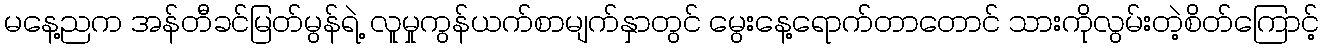
မနေ့ညက အန်တီခင်မြတ်မွန်ရဲ့ လူမှုကွန်ယက်စာမျက်နှာတွင် မွေးနေ့ရောက်တာတောင် သားကိုလွမ်းတဲ့စိတ်ကြောင့်